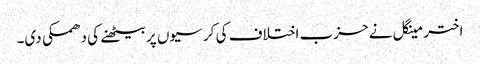
اختر مینگل نے حزب اختلاف کی کر سیوں پر بیٹھنے کی دھمکی دی۔